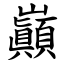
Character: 巓